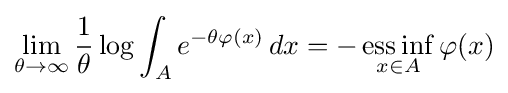
\lim _{\theta \to \infty }{\frac {1}{\theta }}\log \int _{A}e^{-\theta \varphi (x)}\,dx=-\mathop {\mathrm {ess\,inf} } _{x\in A}\varphi (x)